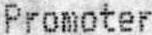
PROMOTER